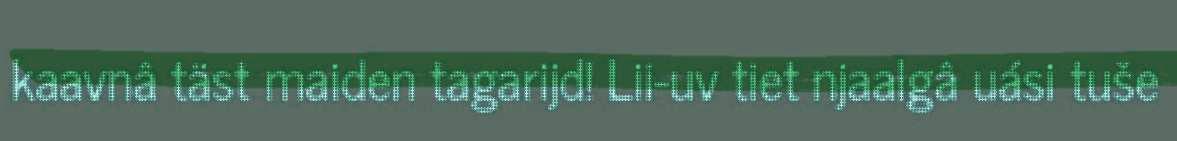
kaavnâ täst maiden tagarijd! Lii-uv tiet njaalgâ uási tuše